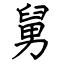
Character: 舅